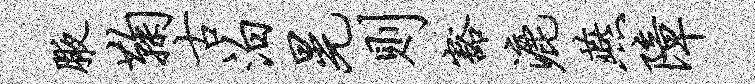
腋鞠古泊晃则豁漉燕障